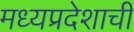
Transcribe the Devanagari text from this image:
मध्‍यप्रदेशाची